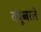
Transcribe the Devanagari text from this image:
क्यूब्बरले